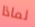
لماذا